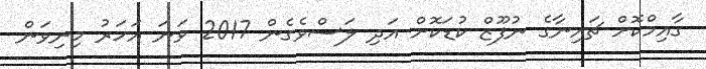
ގާއިމްކޮށް ޗައިނާގެ ނުފޫޒް ކުޑަކޮށް އަދި ލަސްވެގެން 2017 ވަނަ އަހަރު މިނިވަން